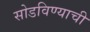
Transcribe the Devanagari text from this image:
सोडविण्याची